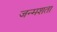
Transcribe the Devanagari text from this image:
जन्मशता